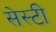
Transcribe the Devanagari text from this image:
सेस्टी